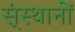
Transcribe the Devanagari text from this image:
स्ंस्थानों